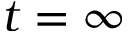
t = \infty